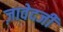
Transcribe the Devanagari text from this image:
ज़ावेदजी